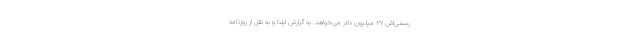
رسمی‌اش ۲۷ میلیون دلار می‌خواهد. به گزارش ایلنا و به نقل از روزنامه